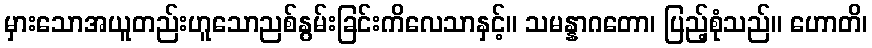
မှားသောအယူတည်းဟူသောညစ်နွမ်းခြင်းကိလေသာနှင့်။ သမန္နာဂတော၊ ပြည့်စုံသည်။ ဟောတိ၊